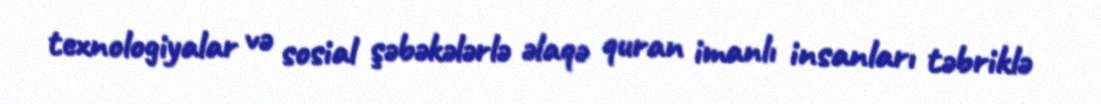
texnologiyalar və sosial şəbəkələrlə əlaqə quran imanlı insanları təbriklə